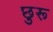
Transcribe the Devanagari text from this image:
छुरू